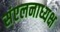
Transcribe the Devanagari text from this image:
संएलनाध्यक्ष